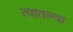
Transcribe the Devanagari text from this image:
त्‍यातल्‍या